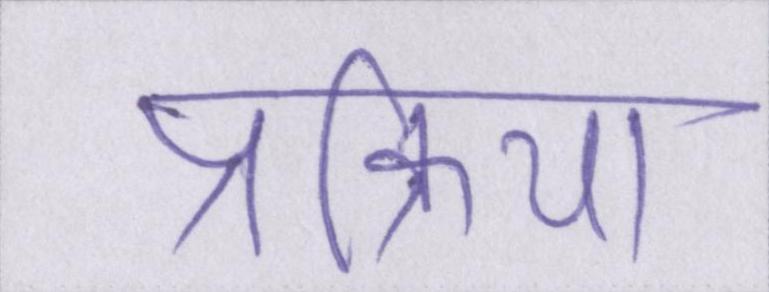
प्रक्रिया